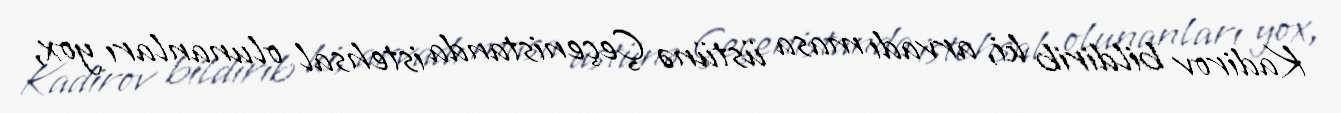
Kadirov bildirib ki, arvadı masa üstünə Çeçenistanda istehsal olunanları yox,